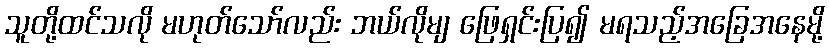
သူတို့ထင်သလို မဟုတ်သော်လည်း ဘယ်လိုမျ ဖြေရှင်းပြ၍ မရသည့်အခြေအနေမို့